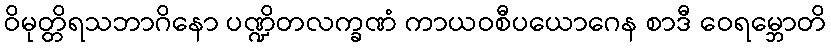
ဝိမုတ္တိရသဘာဂိနော ပဏ္ဍိတလက္ခဏံ ကာယဝစီပယောဂေန စာဒီ ဝေရမ္ဘောတိ